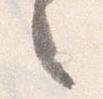
之